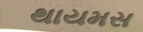
થાયમસ